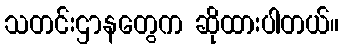
သတင်းဌာနတွေက ဆိုထားပါတယ်။